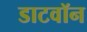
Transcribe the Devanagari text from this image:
डाटवॉन